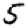
Digit: 5